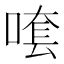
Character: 𠺆